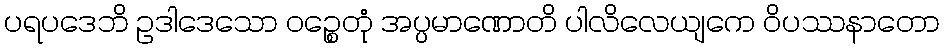
ပရပဒေဘိ ဥဒါဒေသော ဝဉ္စေတုံ အပ္ပမာဏောတိ ပါလိလေယျကေ ဝိပဿနာတော